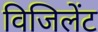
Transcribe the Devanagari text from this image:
विजिलेंट